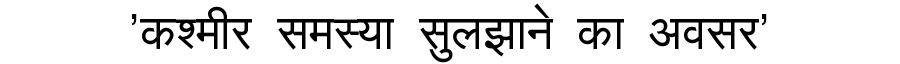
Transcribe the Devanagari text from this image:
'कश्मीर समस्या सुलझाने का अवसर'